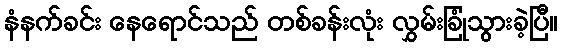
နံနက်ခင်း နေရောင်သည် တစ်ခန်းလုံး လွှမ်းခြုံသွားခဲ့ပြီ။